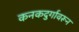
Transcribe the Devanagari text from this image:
कनकदुर्गावरून